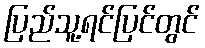
ပြည်သူ့ရင်ပြင်တွင်